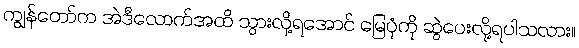
ကျွန်တော်က အဲဒီလောက်အထိ သွားလို့ရအောင် မြေပုံကို ဆွဲပေးလို့ရပါသလား။